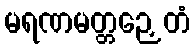
မရဏမတ္တဉှေတံ